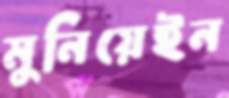
মুনিয়েইন